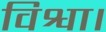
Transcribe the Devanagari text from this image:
विश्वा।